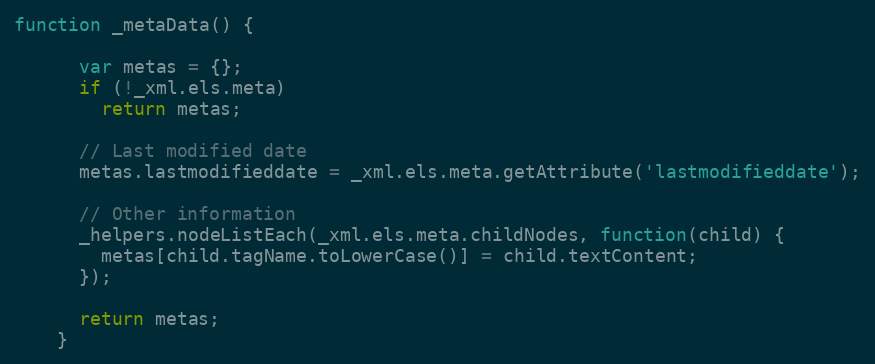
Language: JavaScript
function _metaData() {

      var metas = {};
      if (!_xml.els.meta)
        return metas;

      // Last modified date
      metas.lastmodifieddate = _xml.els.meta.getAttribute('lastmodifieddate');

      // Other information
      _helpers.nodeListEach(_xml.els.meta.childNodes, function(child) {
        metas[child.tagName.toLowerCase()] = child.textContent;
      });

      return metas;
    }